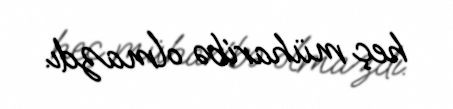
heç müharibə olmazdı.